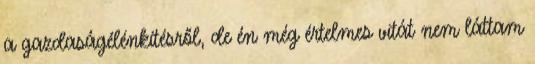
a gazdaságélénkítésről, de én még értelmes vitát nem láttam